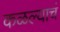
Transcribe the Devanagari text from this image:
कळल्याचं